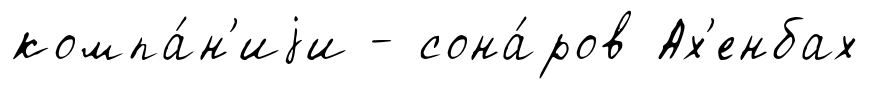
компа́н'иjи - сона́ров Ах'енбах